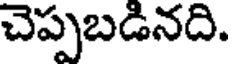
చెప్పబడినది.